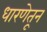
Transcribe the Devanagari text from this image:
धारणेतून